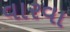
વારવા